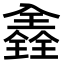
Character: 𠓾